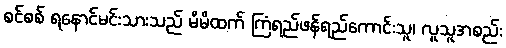
စင်စစ် ရနောင်မင်းသားသည် မိမိထက် ကြံရည်ဖန်ရည်ကောင်းသူ၊ လူသူအစည်း